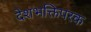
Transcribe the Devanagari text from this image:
देशभक्तिपरक